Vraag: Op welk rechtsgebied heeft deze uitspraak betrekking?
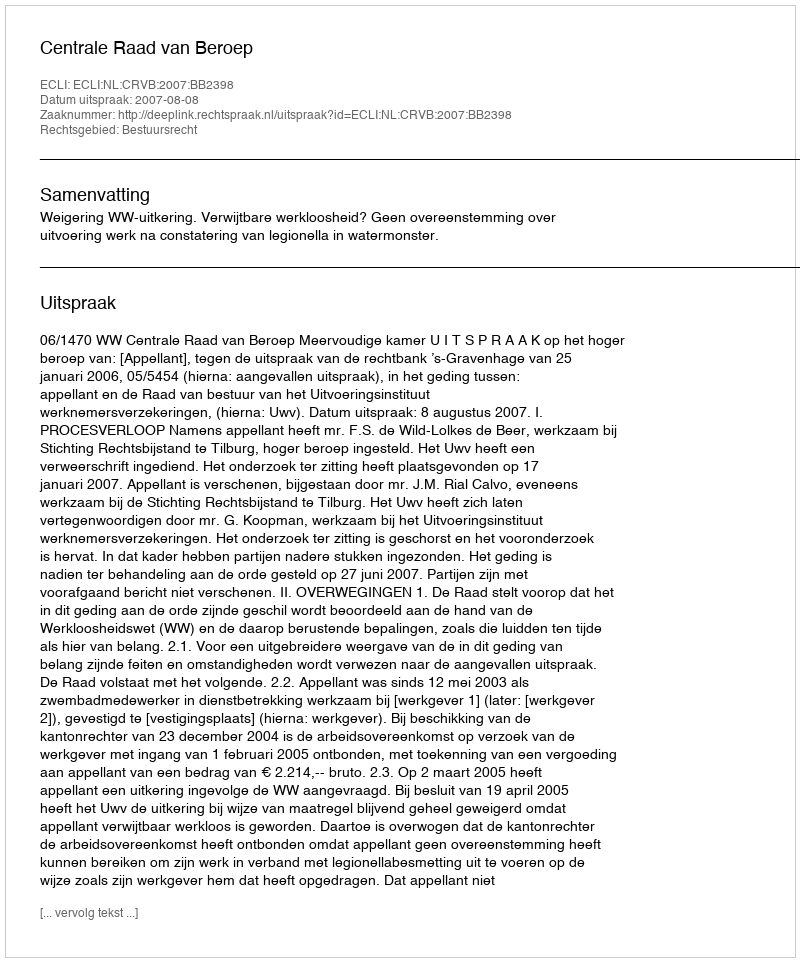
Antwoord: Bestuursrecht